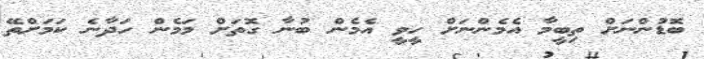
ބޮޑުންނަށް ތިބީމާ އެމެންނަށް ހީވީ އެމެން ބުނާ ގޮތަށް މަމެން ހަދާނެ ކަމަށްތޭ